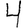
Digit: 4